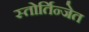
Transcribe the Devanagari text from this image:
स्तोर्तिन्जेत